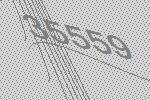
35559